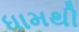
ધામથી